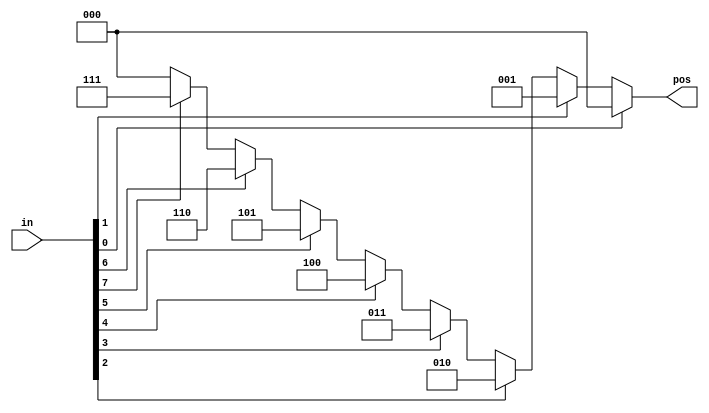
module top_module (
        input [7:0] in,
        output reg [2:0] pos
    );
    
        always @* begin
            if (in[0]) pos = 3'b000;
            else if (in[1]) pos = 3'b001;
            else if (in[2]) pos = 3'b010;
            else if (in[3]) pos = 3'b011;
            else if (in[4]) pos = 3'b100;
            else if (in[5]) pos = 3'b101;
            else if (in[6]) pos = 3'b110;
            else if (in[7]) pos = 3'b111;
            else pos = 3'b000;
        end
        
    endmodule